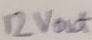
Text: 12Vout